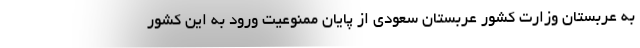
به عربستان وزارت کشور عربستان سعودی از پایان ممنوعیت ورود به این کشور